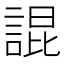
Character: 䛰